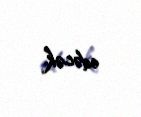
edəcək.